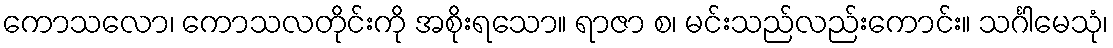
ကောသလော၊ ကောသလတိုင်းကို အစိုးရသော။ ရာဇာ စ၊ မင်းသည်လည်းကောင်း။ သင်္ဂါမေသုံ၊